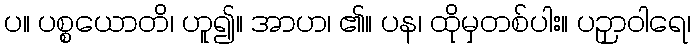
ပ။ ပစ္စယောတိ၊ ဟူ၍။ အာဟ၊ ၏။ ပန၊ ထိုမှတစ်ပါး။ ပဉှာဝါရေ၊